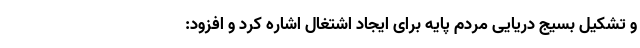
و تشکیل بسیج دریایی مردم پایه برای ایجاد اشتغال اشاره کرد و افزود: